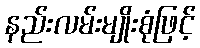
နည်းလမ်းမျိုးစုံဖြင့်